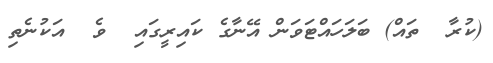
(ކުރާ  ތައް) ބަލަހައްޓަވަން އޭނާގެ ކައިރީގައި  ވެ  އަކުނެތި